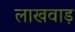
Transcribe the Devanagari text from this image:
लाखवाड़